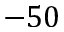
- 5 0